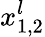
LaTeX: x_{1,2}^{l}